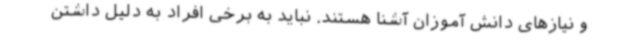
و نیازهای دانش آموزان آشنا هستند. نباید به برخی افراد به دلیل داشتن